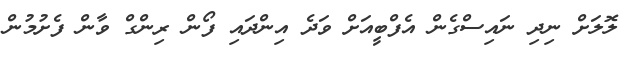
ލޮލަށް ނިދި ނައިސްގެން އެފްބީއަށް ވަދެ އިންދައި ފޯން ރިންގް ވާން ފެށުމުން